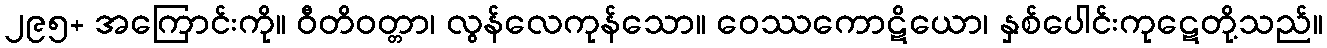
၂၉၅+ အကြောင်းကို။ ဝီတိဝတ္တာ၊ လွန်လေကုန်သော။ ဝေဿကောဋိယော၊ နှစ်ပေါင်းကုဋေတို့သည်။